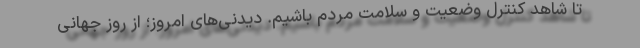
تا شاهد کنترل وضعیت و سلامت مردم باشیم. دیدنی‌های امروز؛ از روز جهانی